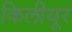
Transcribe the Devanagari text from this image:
किलीयूर